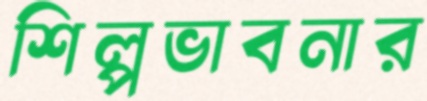
শিল্পভাবনার